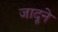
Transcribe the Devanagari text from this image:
जादूने